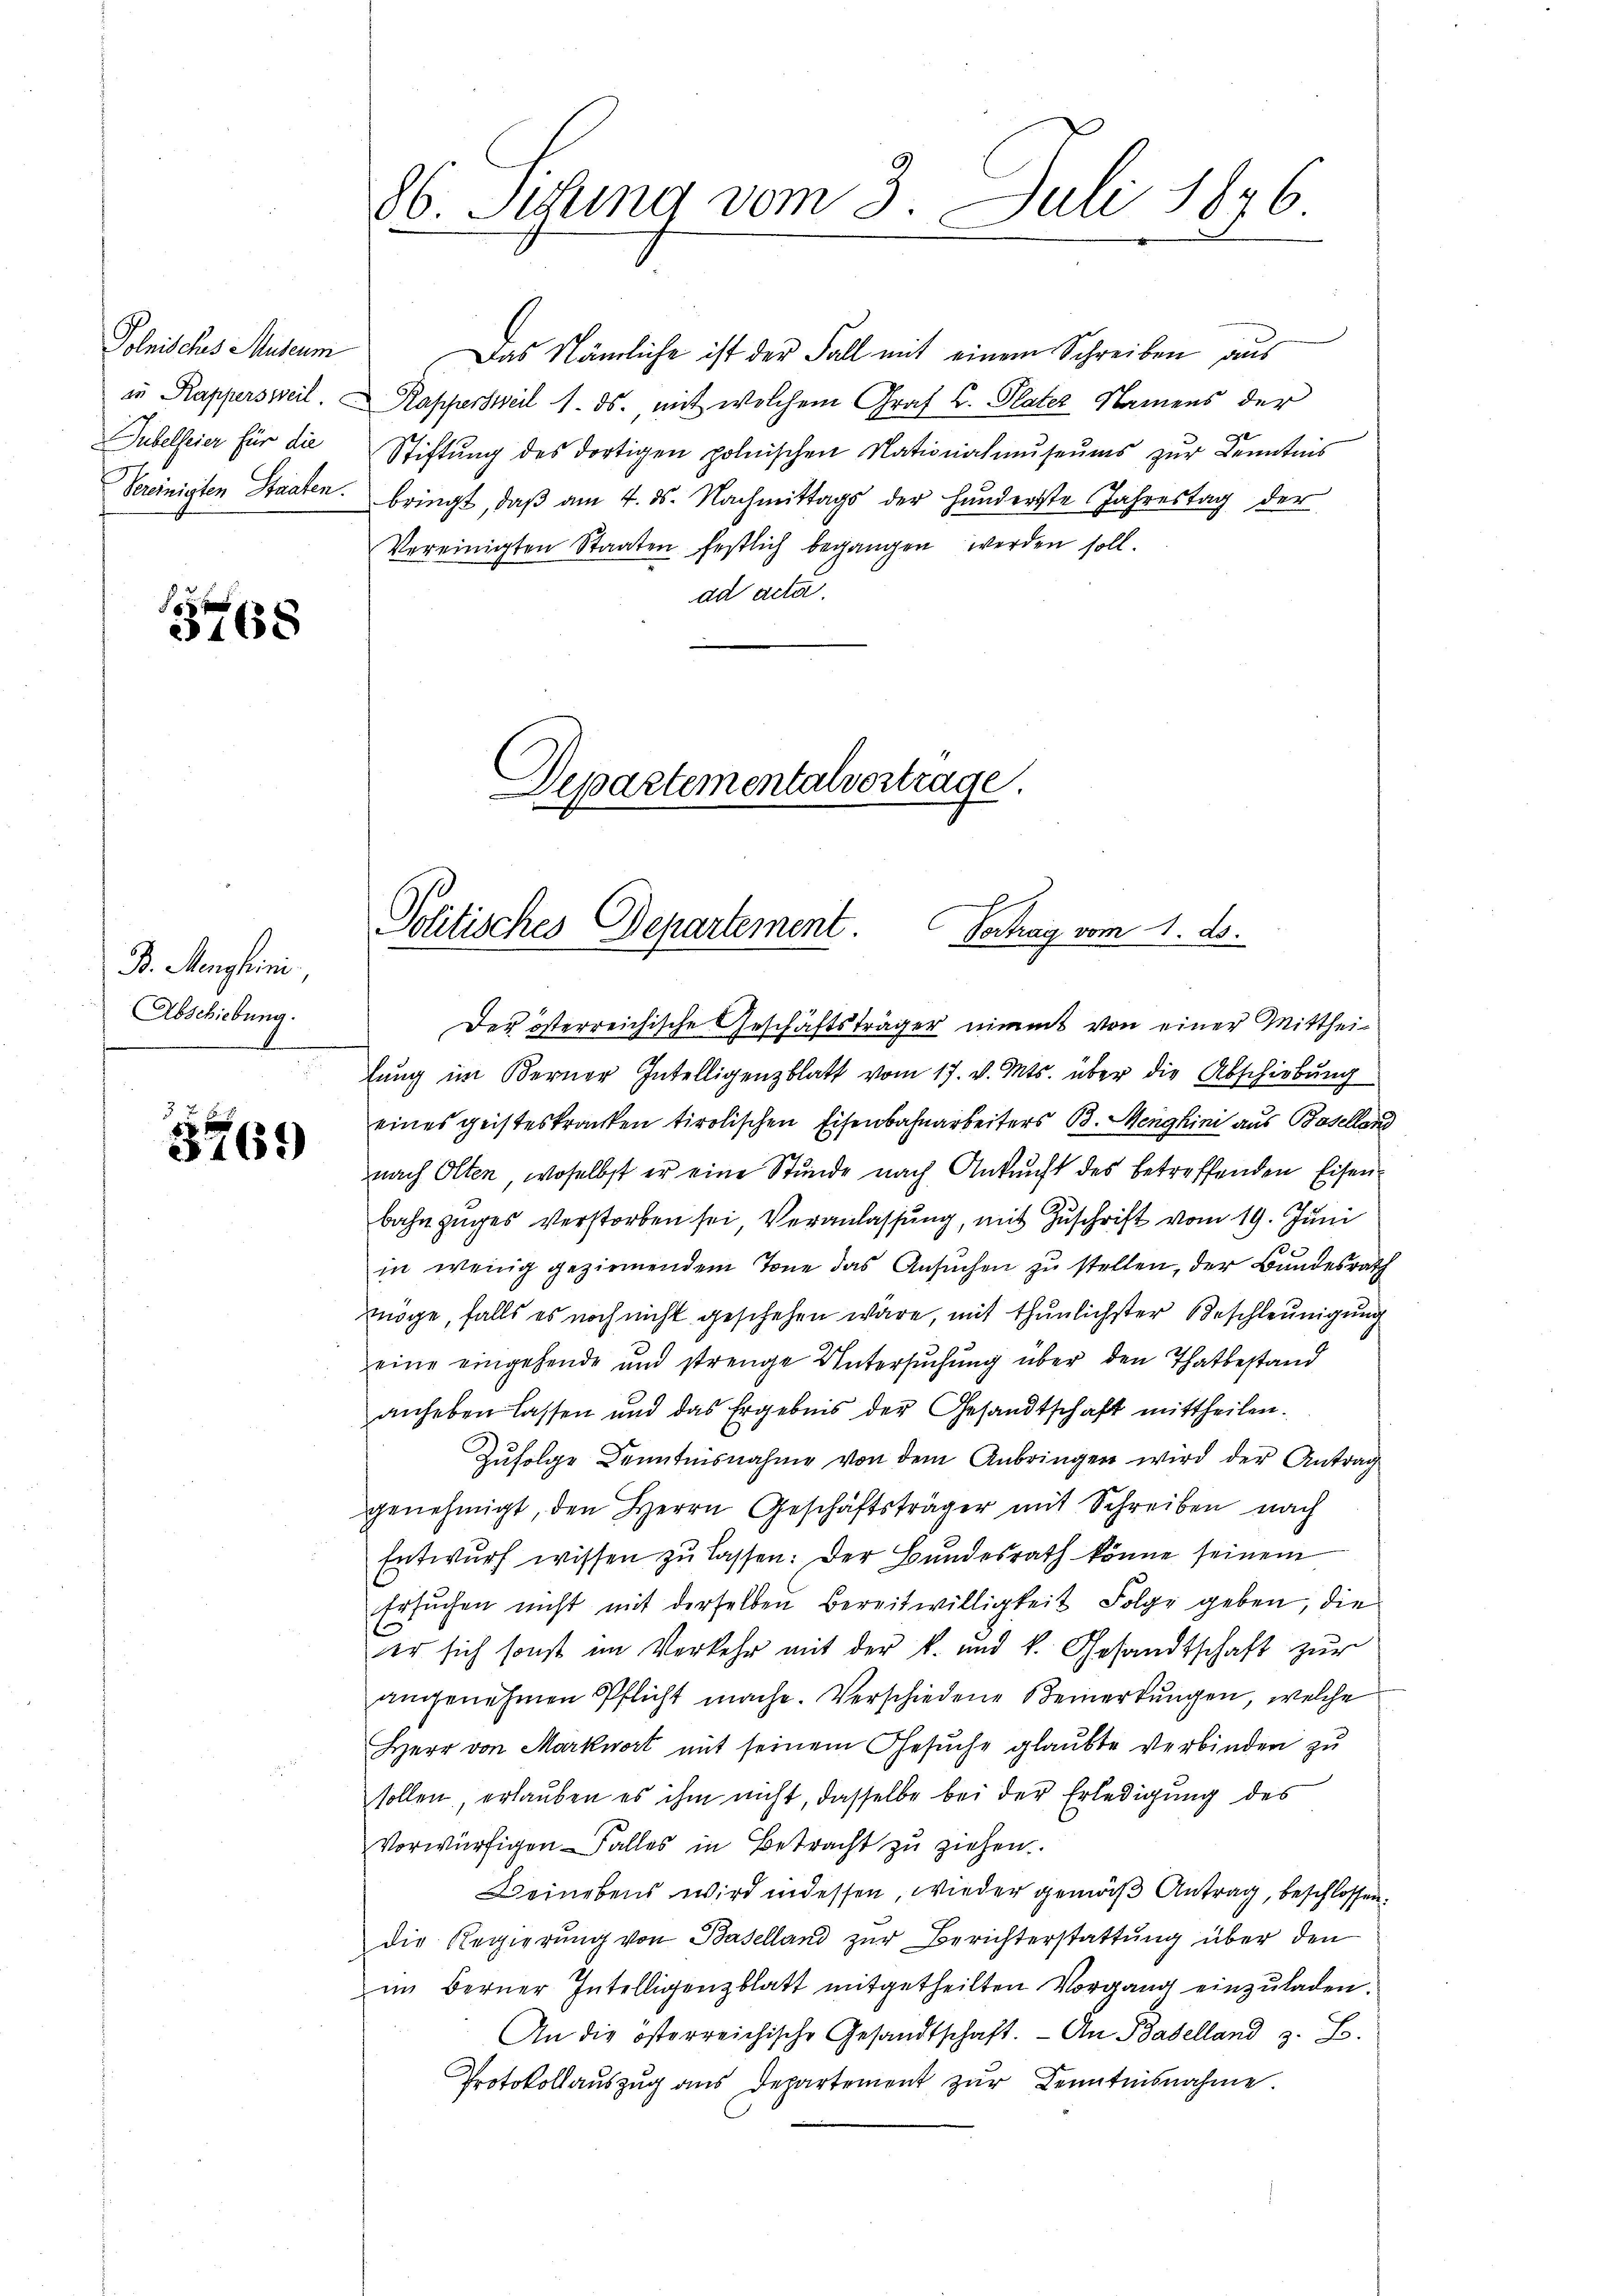
Polnisches Museum
Subelfeier für die
Vereinigten Staaten.

F
3468

B. Menglini,
Abschiebung.

569

86. Stund vom 3. Juli 1846

Stiftung des dortigen polnischen Nationalmuseums zur Kenntnis
bringt, daß am 4. ds. Nachmittags der Hunderste Jahrestag der
Vereinigten Staaten festlich begangen werden soll.
ad acta.

Das Nämliche ist der Fall mit einem Schreiben aus
in Rappersweil. Kappersweil 1. ds., mit welchem Graf C. Plater Namens der

Departementalvertrage.

Politisches Departement. Vertrag vom 1. ds.

Der österreichische Geschäftsträger nimmt von einer Mittheilung im Berner Intelligenzblatt vom 17. v. Mts. über die Abschiebung
eines geisteskranken tirolischen Eisenbahnarbeiters B. Menghini aus Baselland
nach Olten, woselbst er eine Stunde nach Ankunft des betreffenden Eisen¬
Bahnzuges verstorben sei, Veranlassung, mit Zuschrift vom 19. Juni
in wenig geziemendem Tone das Ansuchen zu stellen, der Bundesrath
möge, falls es noch nicht geschehen wäre, mit thunlichster Beschleunigung
eine eingehende und strenge Untersŭchŭng über den Thatbestand
anheben lassen und das Ergebnis der Gesandtschaft mittheilen.
Zufolge Kenntnisnahme von dem Anbringen wird der Antrag
genehmigt, den Herrn Geschäftsträger mit Schreiben nach
Entwurf wissen zŭ lassen: Der Bundesrath könne seinem
Ersuchen nicht mit derselben Bereitwilligkeit Folge geben, die
er sich sonst im Verkehr mit der k. und k. Gesandtschaft zŭr
angenehmen Pflicht mache. Verschiedene Bemerkungen, welche
Herr von Markwort mit seinem Gesuche glaubte Verbinden zu
sollen, erlauben es ihm nicht, dasselbe bei der Erledigung des
Vorwürfigen Falles in Betracht zu ziehen.
Beinebens wird indessen, wieder gemäß Antrag, beschlossen.
die Regierŭng von Baselland zŭr Berichterstattŭng über den
im Berner Intelligenzblatt mitgetheilten Vorgang einzuladen.
An die österreichische Gesandtschaft. - An Baselland z. B.
Protokollaŭszŭg ans Departement zŭr Kenntnisnahme.